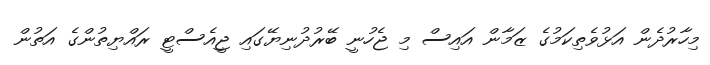
މިހާރުދެން އަޅުވެތިކަމުގެ ޒަމާން އައިސް މި ޖެހުނީ ބޭރުދުނިޔޭގައި ޖީއެސްޓީ ރައްޔިތުންގެ އަތުން